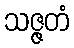
သဇ္ဇတံ